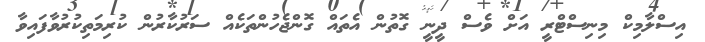
އިސްލާމިކް މިނިސްޓްރީ އަށް ވެސް ދީނީ ގޮތުން އެތައް ގޮންޖެހުންތަކެއް ސަރުކާރުން ކުރިމަތިކުރުވާފައިވާ